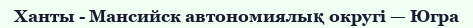
Ханты - Мансийск автономиялық округі — Югра